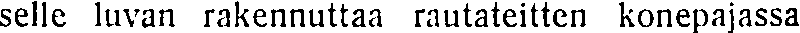
selle luvan rakennuttaa rautateitten konepajassa